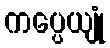
ကပ္ပေယျုံ